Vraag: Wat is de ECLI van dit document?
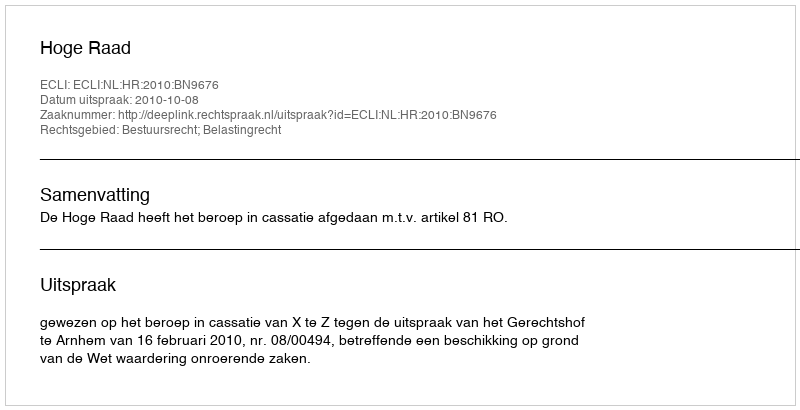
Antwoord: ECLI:NL:HR:2010:BN9676